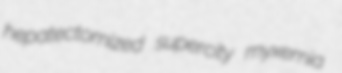
hepatectomized supercity myxemia